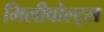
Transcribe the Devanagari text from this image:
मिलीवोल्ट्स